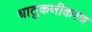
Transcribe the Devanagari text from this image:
धातुकणीकरण